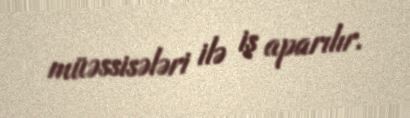
müəssisələri ilə iş aparılır.